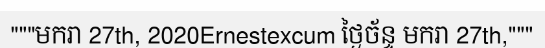
"""មករា 27th, 2020Ernestexcum ថ្ងៃច័ន្ទ មករា 27th,"""